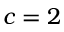
c = 2